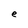
Character: e